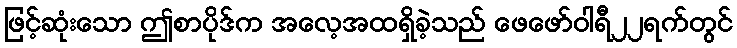
ဖြင့်ဆုံးသော ဤစာပိုဒ်က အလေ့အထရှိခဲ့သည် ဖေဖော်ဝါရီ၂၂ရက်တွင်